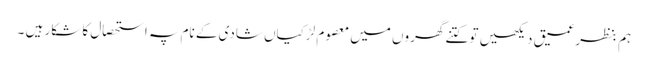
ہم بنظرعمیق دیکھیں تو کتنے گھروں میں معصوم لڑکیاں شادی کے نام پہ استحصال کا شکار ہیں ۔